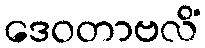
ဒေဝတာဗလိံ